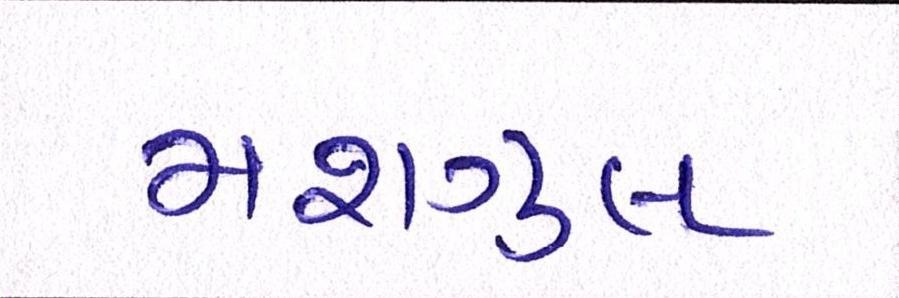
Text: મશગુલ